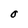
Character: O